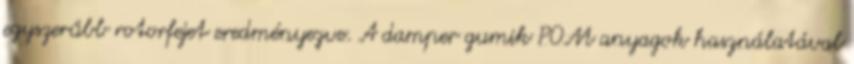
egyszerűbb rotorfejet eredményezve. A damper gumik POM anyagok használatával